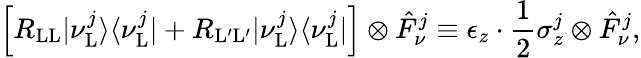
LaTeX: \Big[R_{\mathrm{LL}}|\nu_{\mathrm{L}}^{j}\rangle\langle\nu_{\mathrm{L}}^{j}|+R_{\mathrm{L}^{\prime}\mathrm{L}^{\prime}}|\nu_{\mathrm{L}}^{j}\rangle\langle\nu_{\mathrm{L}}^{j}|\Big]\otimes\hat{F}_{\nu}^{j}\equiv\epsilon_{z}\cdot\frac{1}{2}\sigma_{z}^{j}\otimes\hat{F}_{\nu}^{j},